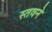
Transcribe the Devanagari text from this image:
स्तवने